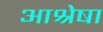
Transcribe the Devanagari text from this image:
आश्रेषा